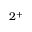
2 ^ { + }